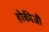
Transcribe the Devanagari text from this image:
होकीजी